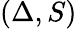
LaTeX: (\Delta,S)